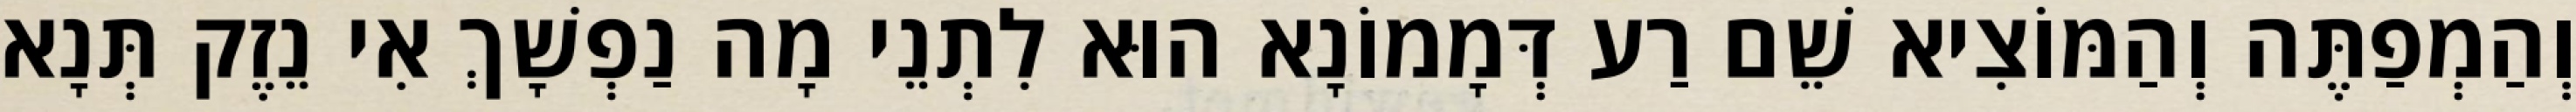
וְהַמְפַתֶּה וְהַמּוֹצִיא שֵׁם רַע דְּמָמוֹנָא הוּא לִתְנֵי מָה נַפְשָׁךְ אִי נֵזֶק תְּנָא